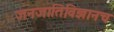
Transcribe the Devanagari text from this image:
जनजातिविज्ञानच